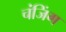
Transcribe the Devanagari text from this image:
चंजिंग